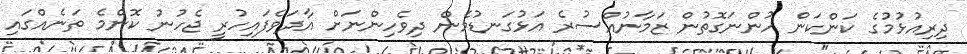
ދިރިއުޅުމުގެ ކަންކަން ހުންނަގޮތުން ޒަމާނުއްސުރެ އަޅުގަނޑުމެން ދިވެހިންނަށް އާދަވެފައިހުރީ ޖެހުނު ކޮންމެ ތަނެއްގައި